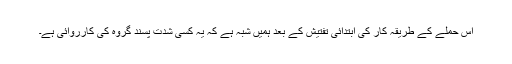
اس حملے کے طریقہ کار کی ابتدائی تفتیش کے بعد ہمیں شبہ ہے کہ یہ کسی شدت پسند گروہ کی کارروائی ہے۔